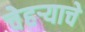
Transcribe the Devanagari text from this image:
चेहऱ्याचे